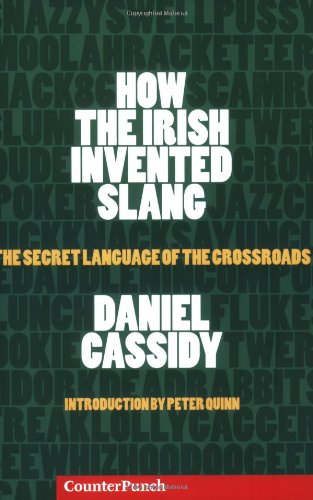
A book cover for How the Irish Invented Slang: The Secret Language of the Crossroads; Daniel Cassidy; Reference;